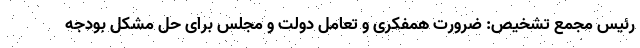
رئیس مجمع تشخیص: ضرورت همفکری و تعامل دولت و مجلس برای حل مشکل بودجه